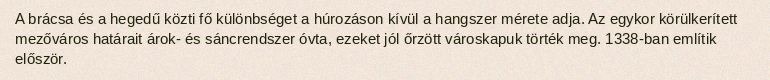
A brácsa és a hegedű közti fő különbséget a húrozáson kívül a hangszer mérete adja. Az egykor körülkerített mezőváros határait árok- és sáncrendszer óvta, ezeket jól őrzött városkapuk törték meg. 1338-ban említik először.